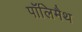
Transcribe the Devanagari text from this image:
पॉलिमैथ